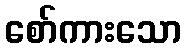
စော်ကားသော